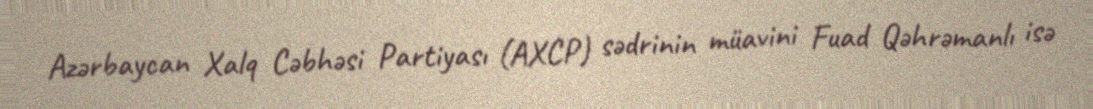
Azərbaycan Xalq Cəbhəsi Partiyası (AXCP) sədrinin müavini Fuad Qəhrəmanlı isə